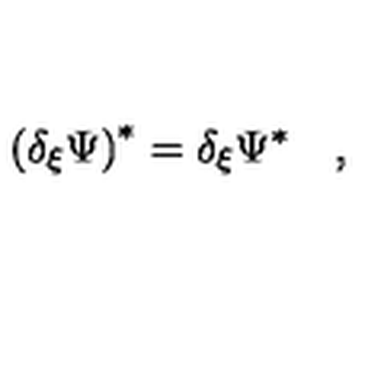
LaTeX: \left( \delta _ { \xi } \Psi \right) ^ { * } = \delta _ { \xi } \Psi ^ { * } \quad ,